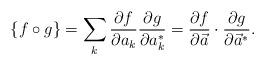
LaTeX: \begin{align*}\{f\circ g\}=\sum_k{\partial f\over\partial a_k}{\partial g\over\partial a^*_k}={\partial f\over\partial{\vec a}}\cdot{\partial g\over\partial{\vec a}^*}.\end{align*}